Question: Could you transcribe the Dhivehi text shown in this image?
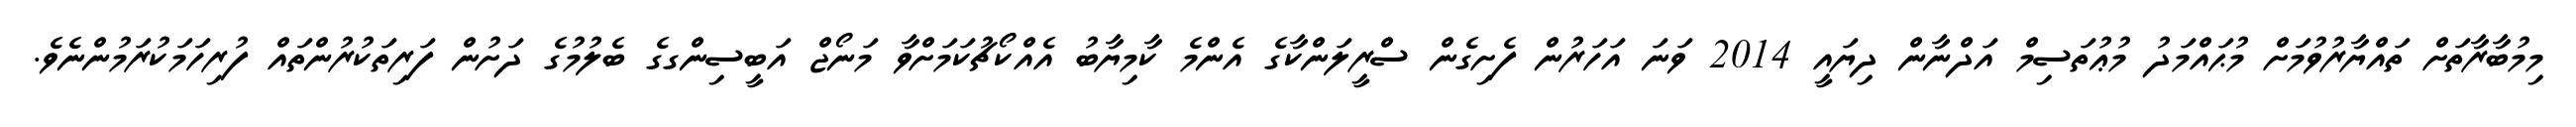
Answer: މިމުބާރާތަށް ތައްޔާރުވުމަށް މުޙައްމަދު މުޢުތަސިމް އަދްނާން ދިޔައީ 2014 ވަނަ އަހަރުން ފެށިގެން ސްރީލަންކާގެ އެންމެ ކާމިޔާބު އެއްކޯޗުކަމަށްވާ މަނޯޖް އަބީސިންގގެ ބެލުމުގެ ދަށުން ފަރިތަކުރުންތައް ފުރިހަމަކުރަމުންނެވެ.